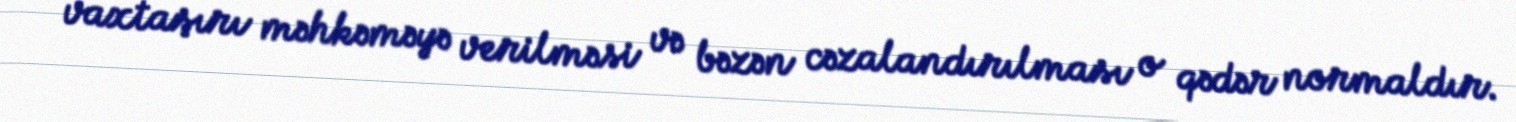
vaxtaşırı məhkəməyə verilməsi və bəzən cəzalandırılması o qədər normaldır.